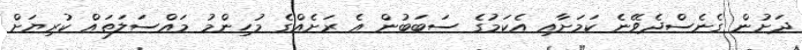
ދަށުން ގެނެސްދެވޭނެ ކަމަށާއި އެކަމުގެ ސަބަބުން އެ ރަށެއްގެ މުހިންމު މައްސަލަތައް ކުރިޔަށް